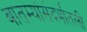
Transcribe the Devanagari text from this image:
बातम्यांसंदर्भातली